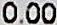
0.00